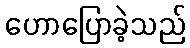
ဟောပြောခဲ့သည်